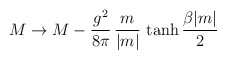
\begin{align*}M\rightarrow M - {g^{2}\over 8\pi}\,{m\over |m|}\,\tanh{\beta|m|\over 2}\end{align*}